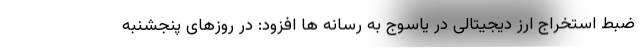
ضبط استخراج ارز دیجیتالی در یاسوج به رسانه ها افزود: در روزهای پنجشنبه